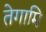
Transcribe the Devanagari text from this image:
तेगामि